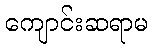
ကျောင်းဆရာမ